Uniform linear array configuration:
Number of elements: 24
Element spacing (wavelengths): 0.25
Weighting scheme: kaiser
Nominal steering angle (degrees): -45
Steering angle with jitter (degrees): -45.298
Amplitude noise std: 0.05
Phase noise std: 0.05

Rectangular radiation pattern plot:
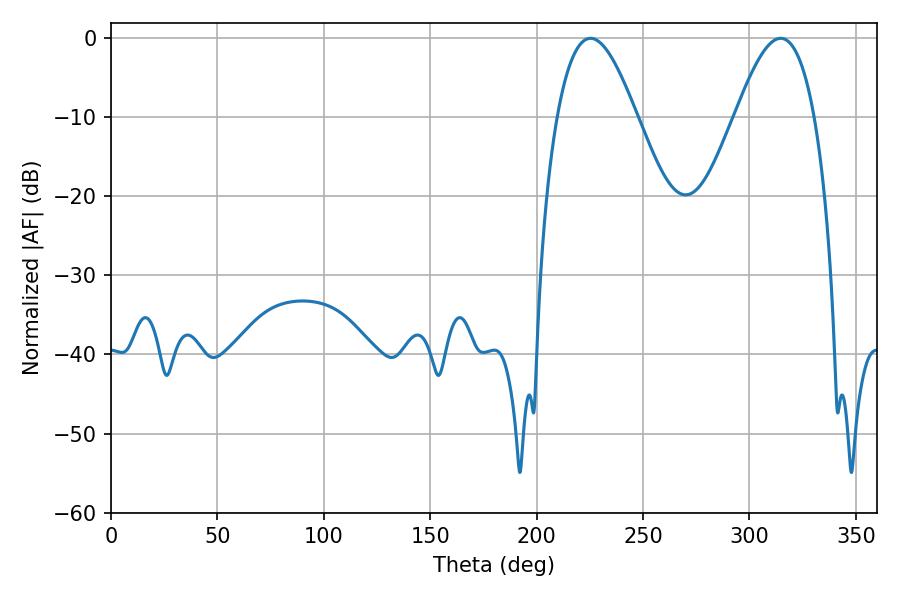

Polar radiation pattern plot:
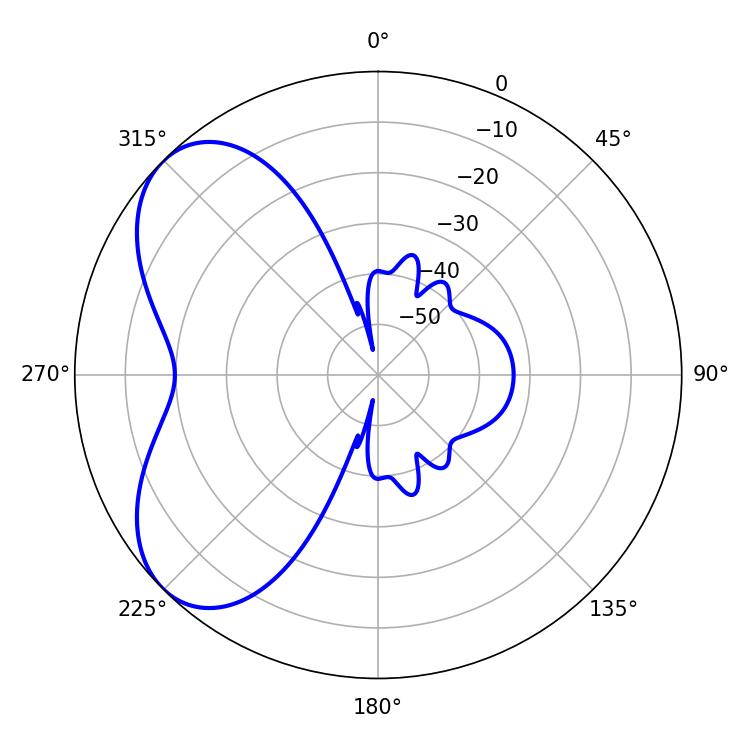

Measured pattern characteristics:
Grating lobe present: FALSE
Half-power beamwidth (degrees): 20.16
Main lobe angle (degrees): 225.36